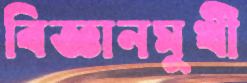
বিজ্ঞানমুখী